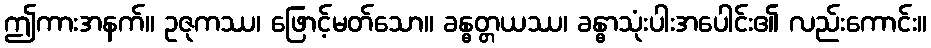
ဤကားအနက်။ ဥဇုကဿ၊ ဖြောင့်မတ်သော။ ခန္ဓတ္တယဿ၊ ခန္ဓာသုံးပါးအပေါင်း၏ လည်းကောင်း။